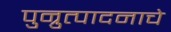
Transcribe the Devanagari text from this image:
पुन्रुत्पादनाचे